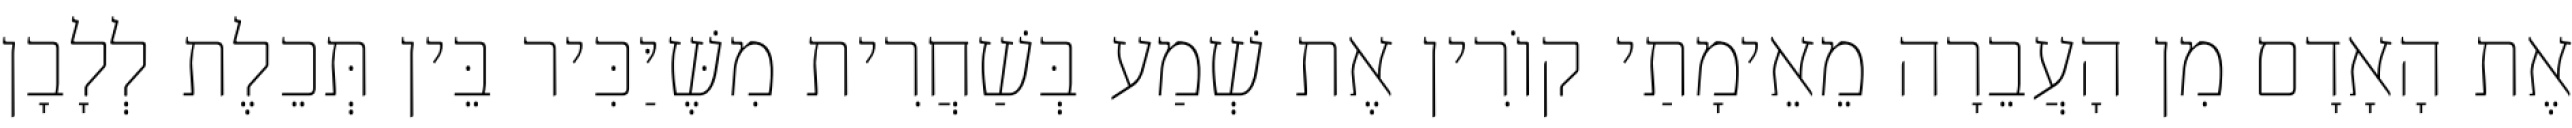
אֶת הָאָדָם מִן הָעֲבֵרָה מֵאֵימָתַי קוֹרִין אֶת שְׁמַע בְּשַׁחֲרִית מִשֶּׁיַּכִּיר בֵּין תְּכֵלֶת לְלָבָן